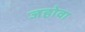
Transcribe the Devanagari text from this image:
जहोवा